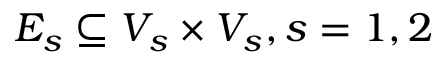
E _ { s } \subseteq V _ { s } \times V _ { s } , s = 1 , 2